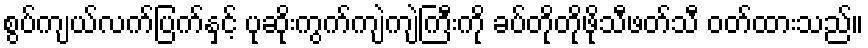
စွပ်ကျယ်လက်ပြက်နှင့် ပုဆိုးကွက်ကျဲကျဲကြီးကို ခပ်တိုတိုဖိုသီဖတ်သီ ဝတ်ထားသည်။